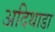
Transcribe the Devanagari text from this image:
अदिथाडा